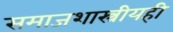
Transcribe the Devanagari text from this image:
समाजशास्त्रीयही